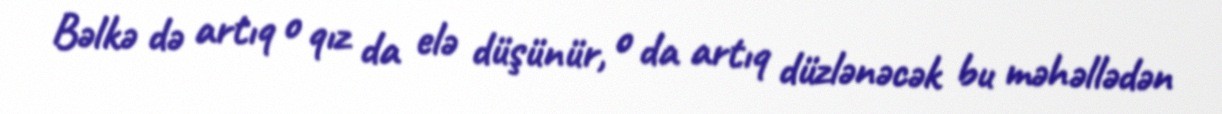
Bəlkə də artıq o qız da elə düşünür, o da artıq düzlənəcək bu məhəllədən